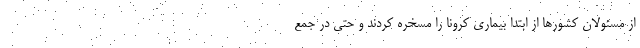
از مسئولان کشورها از ابتدا بیماری کرونا را مسخره کردند و حتی در جمع